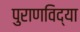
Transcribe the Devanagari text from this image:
पुराणविद्या